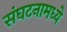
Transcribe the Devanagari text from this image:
संघटनामध्ये